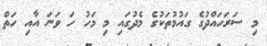
މި ސަރަހައްދުގެ ގައުމުތަކުގެ މެދުގައި މި މަހު ހަ ވަނަ އާއި ހަތް